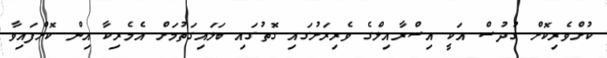
ކުށްވެރިކޮށް ގުދުސް އަކީ އިސްރާއިލްގެ ވެރިރަށުގައި ގޮތުގައި ބަލައިގަތުމަށް އެމެރިކާ އިން ކޮށްފައިވާ